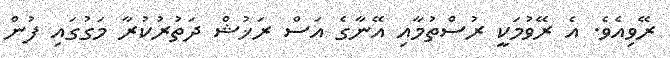
ރޭވިއެވެ. އެ ރޭވުމަކީ ރުސްތުމާއި އޭނާގެ އަސް ރަޚުޝް ދަތުރުކުރާ މަގުގައި ފުން